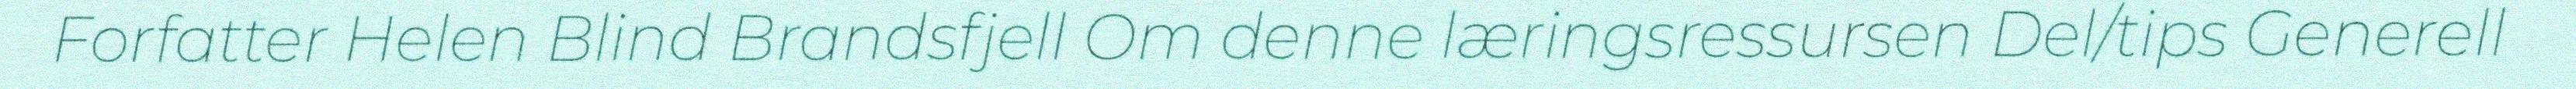
Forfatter Helen Blind Brandsfjell Om denne læringsressursen Del/tips Generell